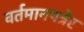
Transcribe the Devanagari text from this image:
वर्तमानपत्रेर